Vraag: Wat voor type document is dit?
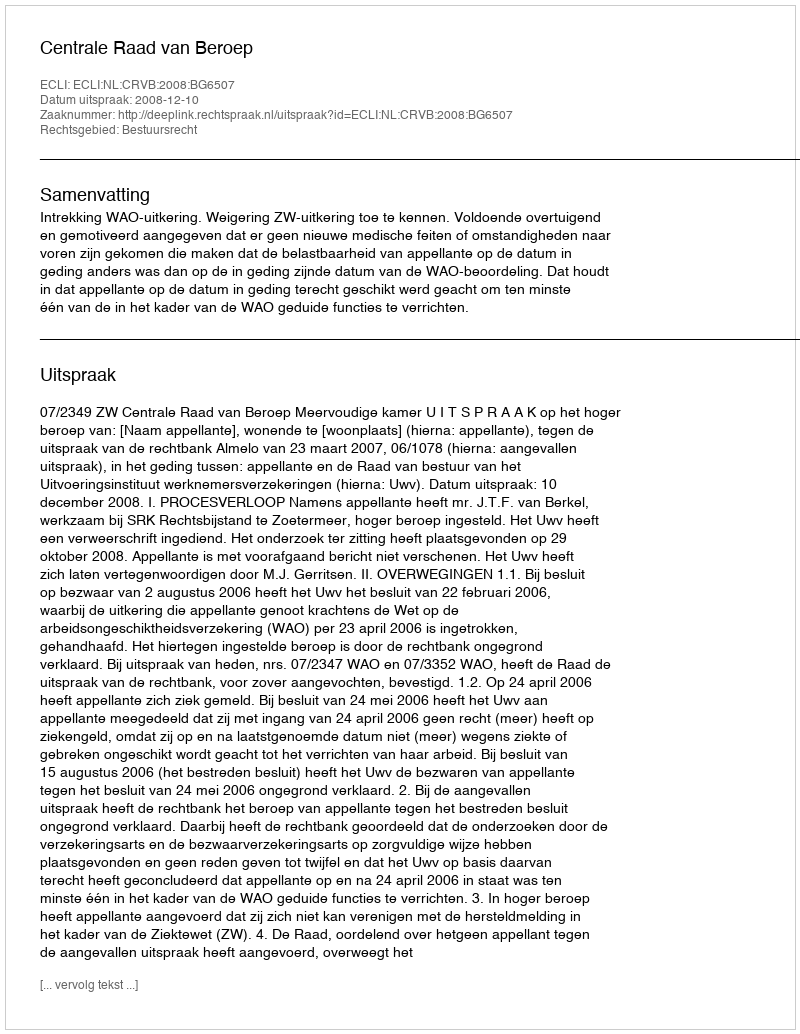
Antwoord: Uitspraak